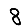
Digit: 8